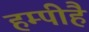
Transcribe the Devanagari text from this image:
हम्पीहै